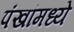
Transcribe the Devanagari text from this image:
पंखांमध्ये